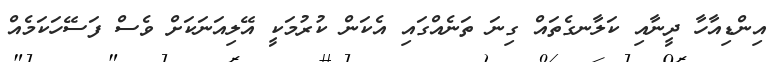
އިންޑިއާހާ ދީނާއި ކަލާނގެތައް ގިނަ ތަނެއްގައި އެކަން ކުރުމަކީ އޭލިއަނަކަށް ވެސް ފަސޭހަކަމެއް